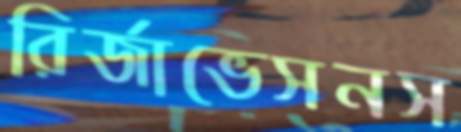
রির্জাভেসনস